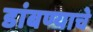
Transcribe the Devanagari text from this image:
डांबण्याचे